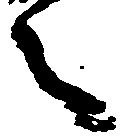
之